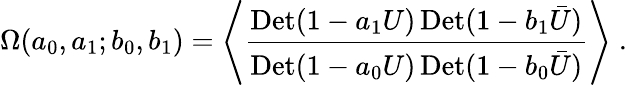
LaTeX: \Omega(a_{0},a_{1};b_{0},b_{1})=\left\langle{\frac{\mathrm{Det}(1-a_{1}U)\, \mathrm{Det}(1-b_{1}\bar{U})}{\mathrm{Det}(1-a_{0}U)\, \mathrm{Det}(1-b_{0}\bar{U})}}\right\rangle\; .